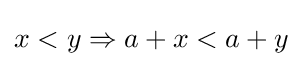
x<y\Rightarrow a+x<a+y